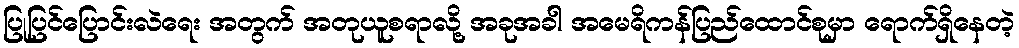
ပြုပြင်ပြောင်းလဲရေး အတွက် အတုယူစရာလို့ အခုအခါ အမေရိကန်ပြည်ထောင်စုမှာ ရောက်ရှိနေတဲ့